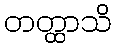
တတ္ထာသိ